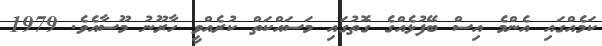
ކަމެއްގައި އެންމެ އިސް ބޭފުޅެއްގެ ގޮތުގައި މަސައްކަތް ކުރެއްވީ ހާރޫނު މޫސާއެވެ. 1979